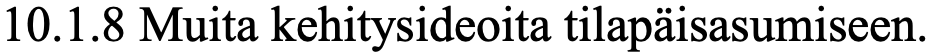
10.1.8 Muita kehitysideoita tilapäisasumiseen.